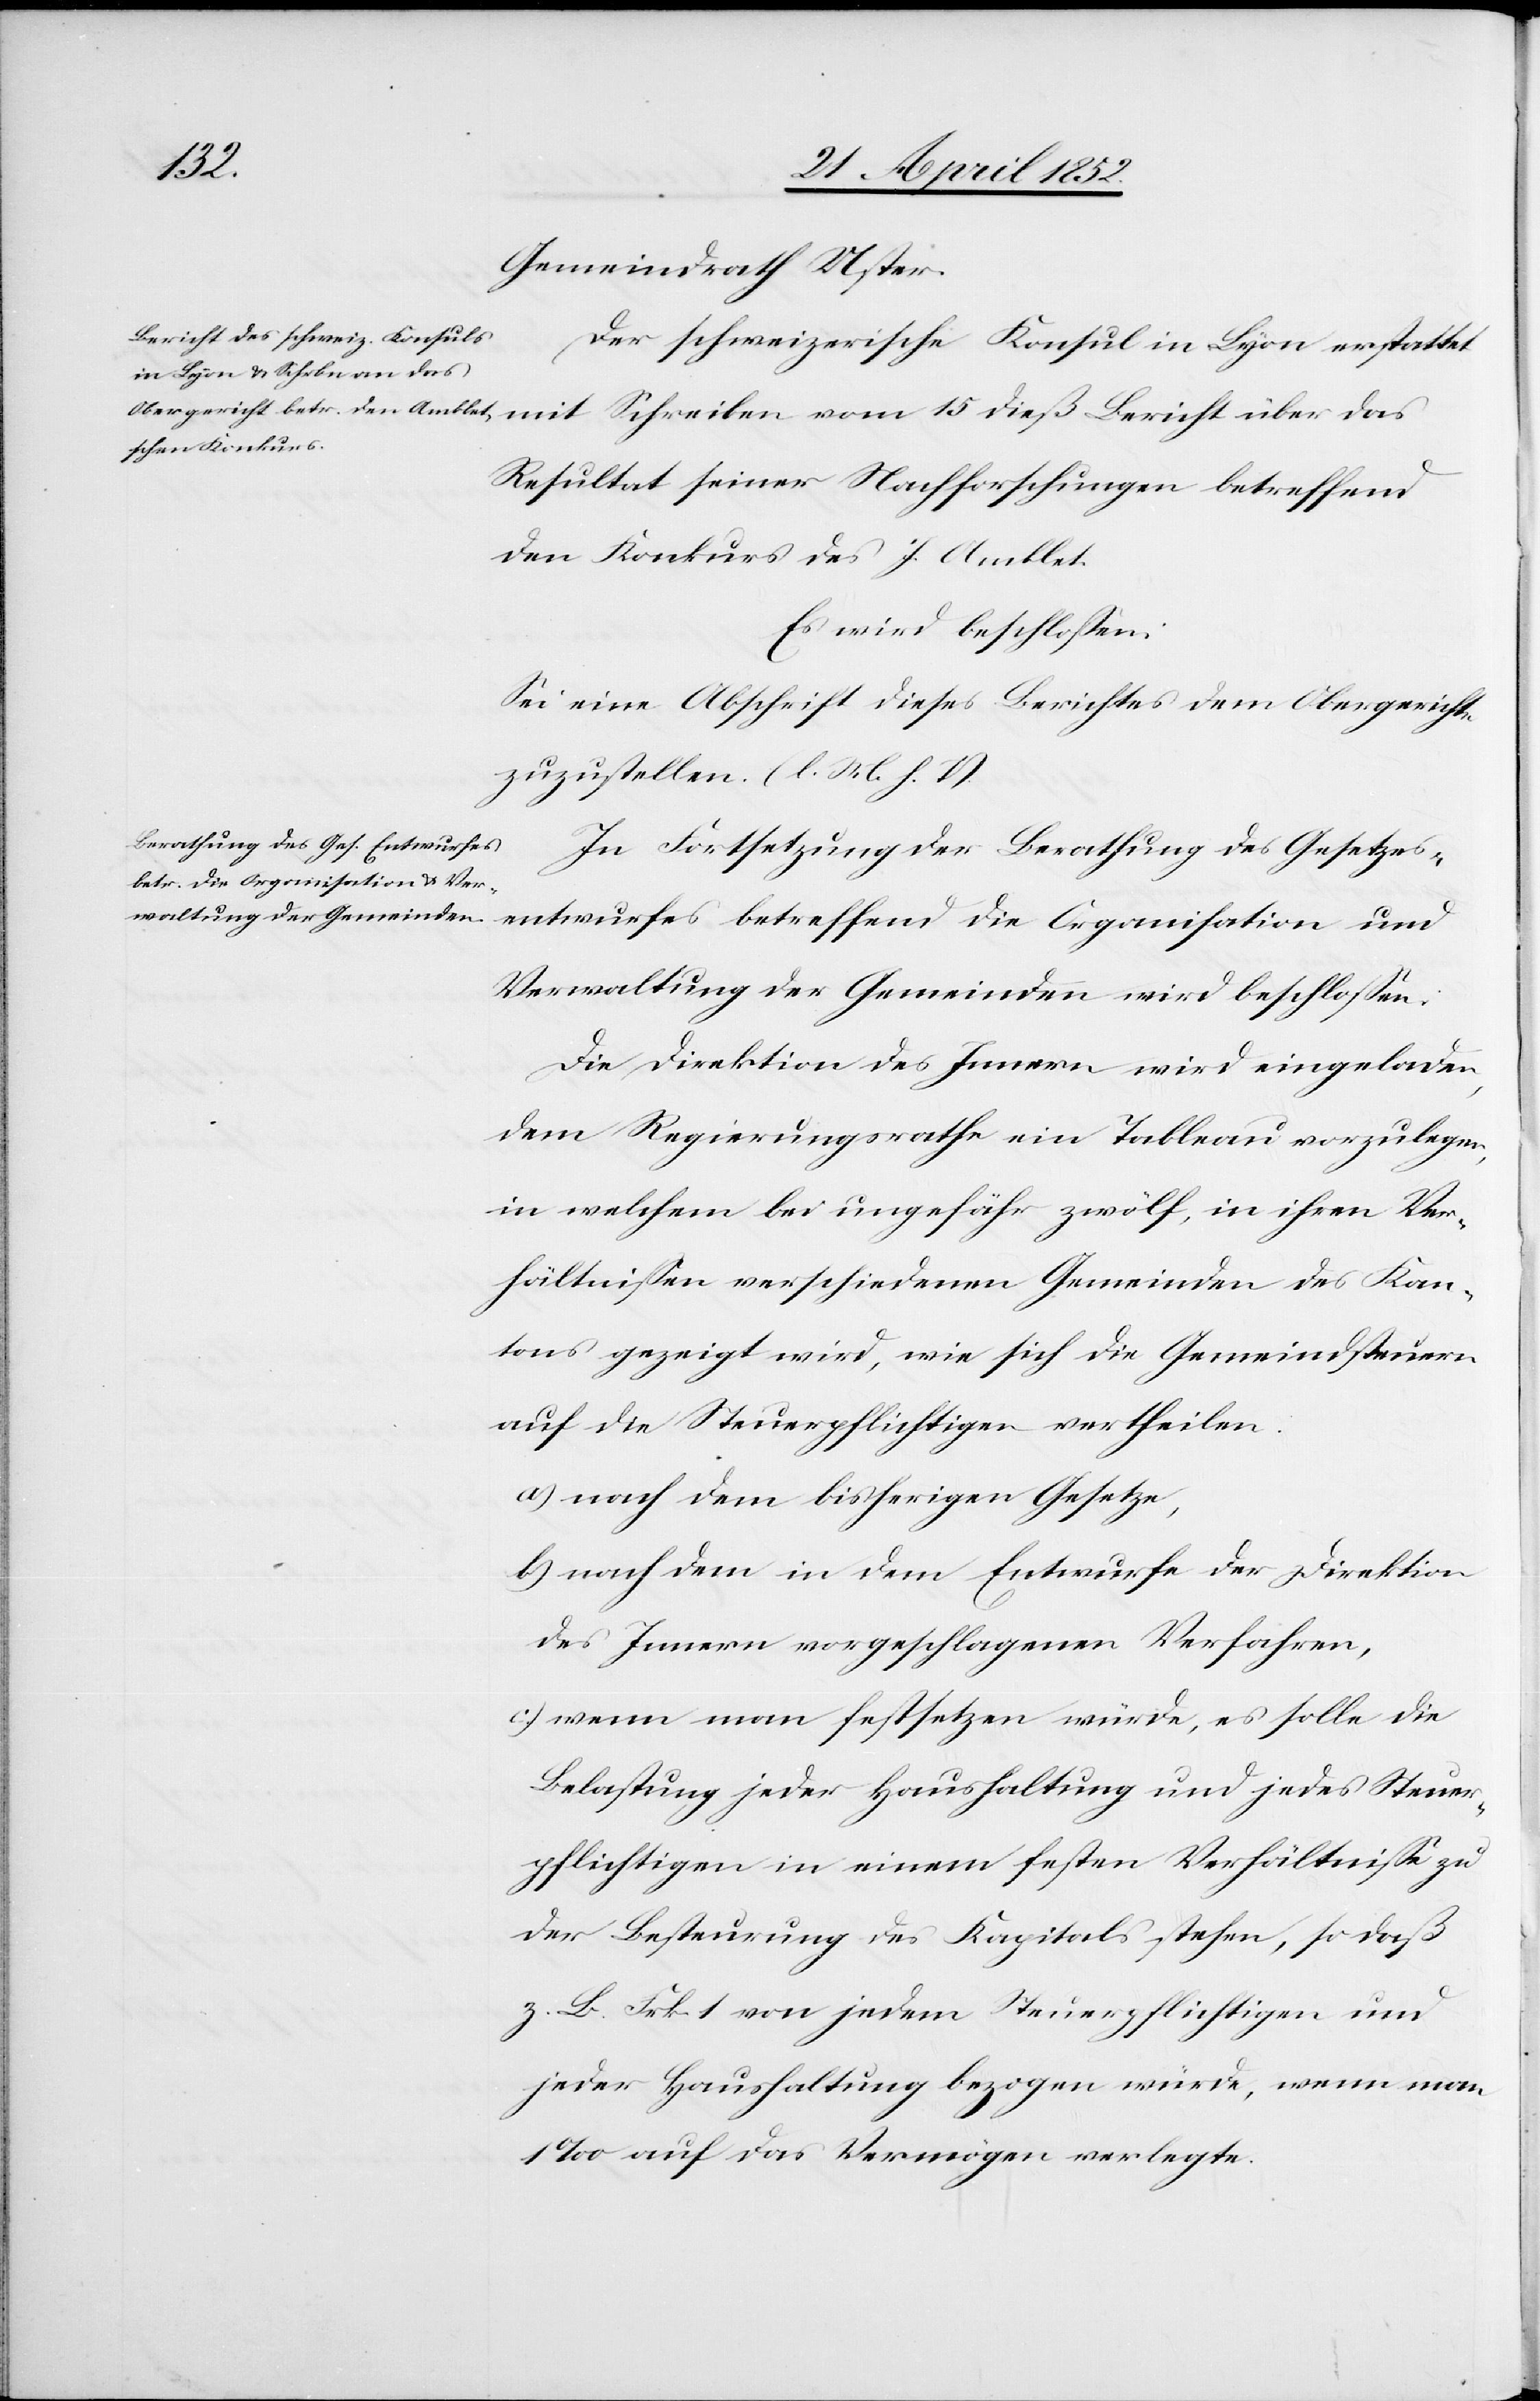
Gemeindrath Uster.
Der schweizerische Konsul in Lyon erstattet
Resultat seiner Nachforschungen betreffend
den Konkurs des J. Amblet.
Es wird beschloßen:
Sei eine Abschrift dieses Berichtes dem Obergerichte
zuzustellen. [l. M. h. T]
In Fortsetzung der Berathung des Gesetzes¬
entwurfes betreffend die Organisation und
Verwaltung der Gemeinden wird beschloßen.
Die Direktion des Innern wird eingeladen,
dem Regierungsrathe ein Tableau vorzulegen,
in welchem bei ungefähr zwölf, in ihren Ver¬
hältnißen verschiedenen Gemeinden des Kan¬
tons gezeigt wird, wie sich die Gemeindsteuern
auf die Steuerpflichtigen vertheilen.
a) nach dem bisherigen Gesetze,
b) nach dem in dem Entwurfe der Direktion
des Innern vorgeschlagenen Verfahren,
c) wenn man festsetzen würde, es solle die
Belastung jeder Haushaltung und jedes Steuer¬
pflichtigen in einem festen Verhältniße zu
der Besteuerung des Kapitals stehen, so daß
z. B. Frk. 1 von jedem Steuerpflichtigen und
jeder Haushaltung bezogen würde, wenn man
1 ‰ auf das Vermögen verlegte.